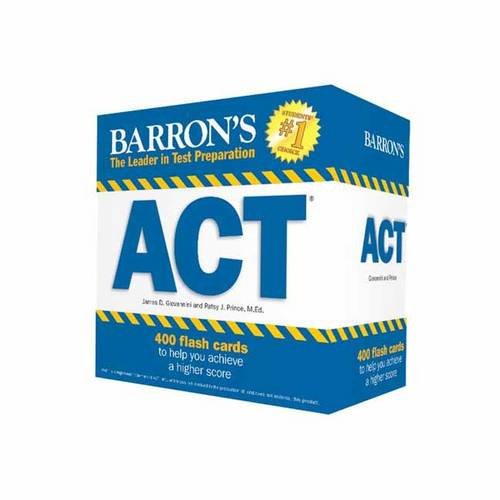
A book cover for Barron's ACT Flash Cards, 2nd Edition: 410 Flash Cards to Help You Achieve a Higher Score; James D. Giovannini; Test Preparation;